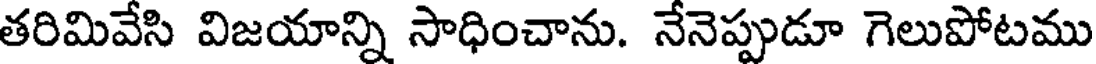
తరిమివేసి విజయాన్ని సాధించాను. నేనెప్పుడూ గెలుపోటము